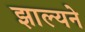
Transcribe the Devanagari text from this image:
झाल्यने